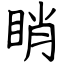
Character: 睄